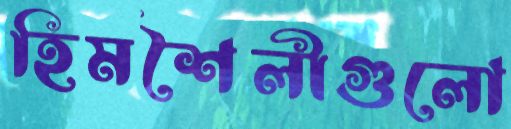
হিমশৈলীগুলো